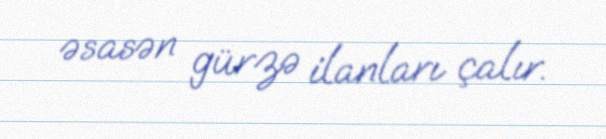
əsasən gürzə ilanları çalır.